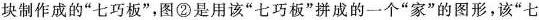
块制作成的“七巧板”，图②是用该“七巧板”拼成的一个“家”的图形，该“七